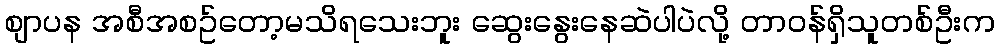
စျာပန အစီအစဥ်တော့မသိရသေးဘူး ဆွေးနွေးနေဆဲပါပဲလို့ တာဝန်ရှိသူတစ်ဦးက